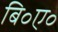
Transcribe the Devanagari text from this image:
बि॰ए॰